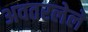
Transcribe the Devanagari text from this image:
अवतरलेले